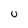
Character: U